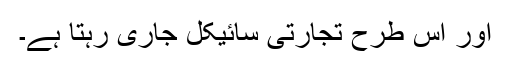
اور اس طرح تجارتی سائیکل جاری رہتا ہے۔